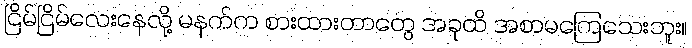
ငြိမ်ငြိမ်လေးနေလို့ မနက်က စားထားတာတွေ အခုထိ အစာမကြေသေးဘူး။